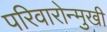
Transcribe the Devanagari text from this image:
परिवारोन्मुखी